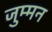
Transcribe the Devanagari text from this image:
जुम्मन